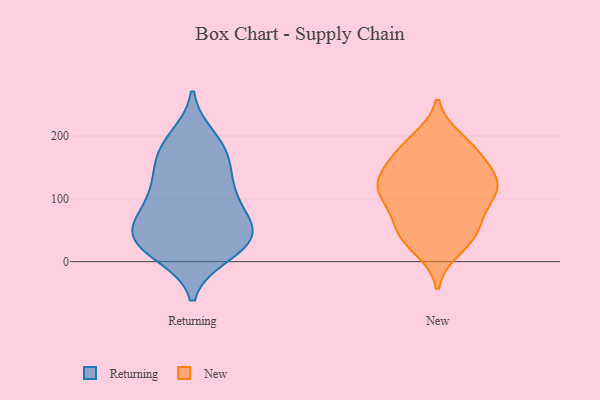
{"axis": {"x": "Page Views", "y": "Value"}, "legend": ["New", "Returning"], "data": [{"x": "", "y": 35, "type": "Returning"}, {"x": "", "y": 74, "type": "Returning"}, {"x": "", "y": 150, "type": "Returning"}, {"x": "", "y": 32, "type": "Returning"}, {"x": "", "y": 111, "type": "Returning"}, {"x": "", "y": 12, "type": "Returning"}, {"x": "", "y": 31, "type": "Returning"}, {"x": "", "y": 11, "type": "Returning"}, {"x": "", "y": 189, "type": "Returning"}, {"x": "", "y": 161, "type": "Returning"}, {"x": "", "y": 57, "type": "Returning"}, {"x": "", "y": 46, "type": "Returning"}, {"x": "", "y": 130, "type": "Returning"}, {"x": "", "y": 63, "type": "Returning"}, {"x": "", "y": 198, "type": "Returning"}, {"x": "", "y": 109, "type": "Returning"}, {"x": "", "y": 176, "type": "Returning"}, {"x": "", "y": 89, "type": "Returning"}, {"x": "", "y": 38, "type": "Returning"}, {"x": "", "y": 182, "type": "New"}, {"x": "", "y": 193, "type": "New"}, {"x": "", "y": 48, "type": "New"}, {"x": "", "y": 92, "type": "New"}, {"x": "", "y": 21, "type": "New"}, {"x": "", "y": 126, "type": "New"}, {"x": "", "y": 63, "type": "New"}, {"x": "", "y": 177, "type": "New"}, {"x": "", "y": 38, "type": "New"}, {"x": "", "y": 131, "type": "New"}, {"x": "", "y": 134, "type": "New"}, {"x": "", "y": 133, "type": "New"}, {"x": "", "y": 111, "type": "New"}, {"x": "", "y": 46, "type": "New"}, {"x": "", "y": 113, "type": "New"}, {"x": "", "y": 100, "type": "New"}, {"x": "", "y": 169, "type": "New"}]}